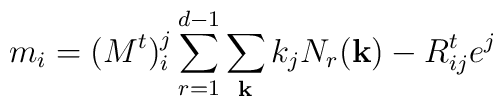
m_{i} = (M^{t})_{i}^{j}\sum_{r=1}^{d-1}\sum_{\bf k} k_{j}N_{r}({\bf k}) - R^{t}_{ij}e^{j}